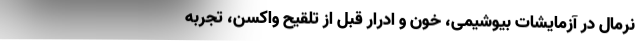
نرمال در آزمایشات بیوشیمی، خون و ادرار قبل از تلقیح واکسن، تجربه